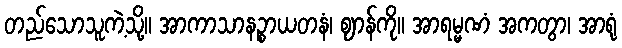
တည်သောသူကဲ့သို့။ အာကာသာနဉ္စာယတနံ၊ ဈာန်ကို။ အာရမ္မဏံ အကတွာ၊ အာရုံ